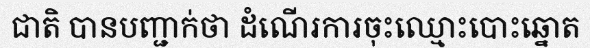
ជាតិ បានបញ្ជាក់ថា ដំណើរការចុះឈ្មោះបោះឆ្នោត